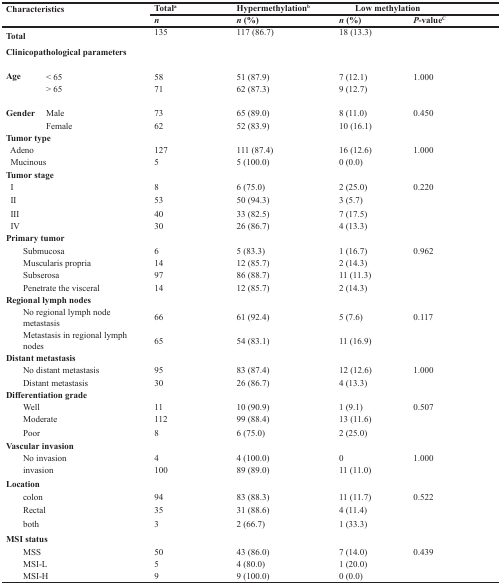
<table><thead><tr><td rowspan="2" colspan="2"><b>Characteristics</b></td><td><b>Total<sup>a</sup></b></td><td><b>Hypermethylation<sup>b</sup></b></td><td colspan="2"><b>Low methylation</b></td></tr><tr><td><b><i>n</i></b></td><td><b><i>n</i> (%)</b></td><td><b><i>n</i> (%)</b></td><td><b><i>P</i>-value<sup>C</sup></b></td></tr></thead><tbody><tr><td><b>Total</b></td><td></td><td>135</td><td>117 (86.7)</td><td>18 (13.3)</td><td></td></tr><tr><td colspan="6"><b>Clinicopathological parameters</b></td></tr><tr><td><b>Age</b></td><td>&lt; 65</td><td>58</td><td>51 (87.9)</td><td>7 (12.1)</td><td>1.000</td></tr><tr><td></td><td>&gt; 65</td><td>71</td><td>62 (87.3)</td><td>9 (12.7)</td><td></td></tr><tr><td><b>Gender</b></td><td>Male</td><td>73</td><td>65 (89.0)</td><td>8 (11.0)</td><td>0.450</td></tr><tr><td></td><td>Female</td><td>62</td><td>52 (83.9)</td><td>10 (16.1)</td><td></td></tr><tr><td colspan="6"><b>Tumor type</b></td></tr><tr><td colspan="2"> Adeno</td><td>127</td><td>111 (87.4)</td><td>16 (12.6)</td><td>1.000</td></tr><tr><td colspan="2"> Mucinous</td><td>5</td><td>5 (100.0)</td><td>0 (0.0)</td><td></td></tr><tr><td colspan="6"><b>Tumor stage</b></td></tr><tr><td colspan="2"> I</td><td>8</td><td>6 (75.0)</td><td>2 (25.0)</td><td>0.220</td></tr><tr><td colspan="2"> II</td><td>53</td><td>50 (94.3)</td><td>3 (5.7)</td><td></td></tr><tr><td colspan="2"> III</td><td>40</td><td>33 (82.5)</td><td>7 (17.5)</td><td></td></tr><tr><td colspan="2"> IV</td><td>30</td><td>26 (86.7)</td><td>4 (13.3)</td><td></td></tr><tr><td colspan="6"><b>Primary tumor</b></td></tr><tr><td colspan="2">Submucosa</td><td>6</td><td>5 (83.3)</td><td>1 (16.7)</td><td>0.962</td></tr><tr><td colspan="2">Muscularis propria</td><td>14</td><td>12 (85.7)</td><td>2 (14.3)</td><td></td></tr><tr><td colspan="2">Subserosa</td><td>97</td><td>86 (88.7)</td><td>11 (11.3)</td><td></td></tr><tr><td colspan="2">Penetrate the visceral</td><td>14</td><td>12 (85.7)</td><td>2 (14.3)</td><td></td></tr><tr><td colspan="6"><b>Regional lymph nodes</b></td></tr><tr><td colspan="2">No regional lymph node metastasis</td><td>66</td><td>61 (92.4)</td><td>5 (7.6)</td><td>0.117</td></tr><tr><td colspan="2">Metastasis in regional lymph nodes</td><td>65</td><td>54 (83.1)</td><td>11 (16.9)</td><td></td></tr><tr><td colspan="6"><b>Distant metastasis</b></td></tr><tr><td colspan="2">No distant metastasis</td><td>95</td><td>83 (87.4)</td><td>12 (12.6)</td><td>1.000</td></tr><tr><td colspan="2">Distant metastasis</td><td>30</td><td>26 (86.7)</td><td>4 (13.3)</td><td></td></tr><tr><td colspan="6"><b>Differentiation grade</b></td></tr><tr><td colspan="2">Well</td><td>11</td><td>10 (90.9)</td><td>1 (9.1)</td><td>0.507</td></tr><tr><td colspan="2">Moderate</td><td>112</td><td>99 (88.4)</td><td>13 (11.6)</td><td></td></tr><tr><td colspan="2">Poor</td><td>8</td><td>6 (75.0)</td><td>2 (25.0)</td><td></td></tr><tr><td colspan="6"><b>Vascular invasion</b></td></tr><tr><td colspan="2">No invasion</td><td>4</td><td>4 (100.0)</td><td>0</td><td>1.000</td></tr><tr><td colspan="2">invasion</td><td>100</td><td>89 (89.0)</td><td>11 (11.0)</td><td></td></tr><tr><td colspan="6"><b>Location</b></td></tr><tr><td colspan="2">colon</td><td>94</td><td>83 (88.3)</td><td>11 (11.7)</td><td>0.522</td></tr><tr><td colspan="2">Rectal</td><td>35</td><td>31 (88.6)</td><td>4 (11.4)</td><td></td></tr><tr><td colspan="2">both</td><td>3</td><td>2 (66.7)</td><td>1 (33.3)</td><td></td></tr><tr><td colspan="6"><b>MSI status</b></td></tr><tr><td colspan="2">MSS</td><td>50</td><td>43 (86.0)</td><td>7 (14.0)</td><td>0.439</td></tr><tr><td colspan="2">MSI-L</td><td>5</td><td>4 (80.0)</td><td>1 (20.0)</td><td></td></tr><tr><td colspan="2">MSI-H</td><td>9</td><td>9 (100.0)</td><td>0 (0.0)</td><td></td></tr></tbody></table>